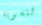
لتسوية